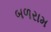
બળરામ